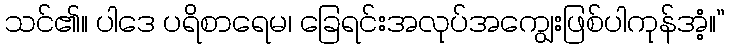
သင်၏။ ပါဒေ ပရိစာရေမ၊ ခြေရင်းအလုပ်အကျွေးဖြစ်ပါကုန်အံ့။”